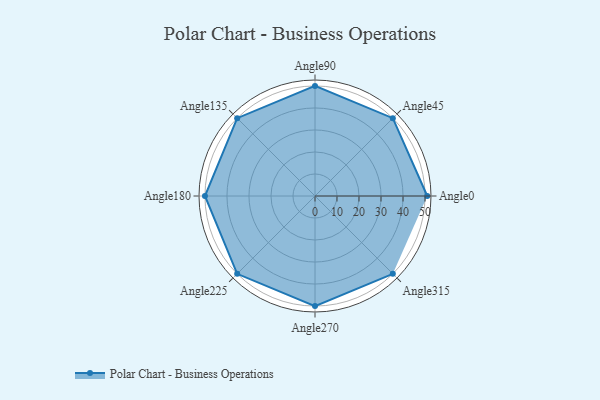
{"axis": {"x": "Angle", "y": "Radius"}, "legend": [""], "data": [{"x": "Angle0", "y": 51.0, "type": ""}, {"x": "Angle45", "y": 50, "type": ""}, {"x": "Angle90", "y": 50, "type": ""}, {"x": "Angle135", "y": 50, "type": ""}, {"x": "Angle180", "y": 50, "type": ""}, {"x": "Angle225", "y": 50, "type": ""}, {"x": "Angle270", "y": 50, "type": ""}, {"x": "Angle315", "y": 50, "type": ""}]}